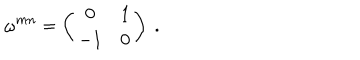
\omega ^ { m n } = \left( \begin{array} { c c } { { 0 } } & { { 1 } } \\ { { - 1 } } & { { 0 } } \\ \end{array} \right) \ .